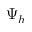
\Psi _ { h }